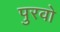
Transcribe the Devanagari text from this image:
पुरवो